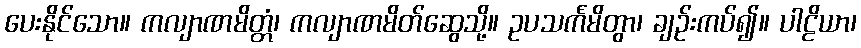
ပေးနိုင်သော။ ကလျာဏမိတ္တံ၊ ကလျာဏမိတ်ဆွေသို့။ ဥပသင်္ကမိတွာ၊ ချဉ်းကပ်၍။ ပါဠိယာ၊